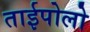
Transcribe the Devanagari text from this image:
ताईपोलो